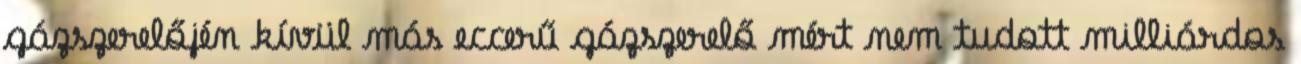
gázszerelőjén kívül más eccerű gázszerelő mért nem tudott milliárdos